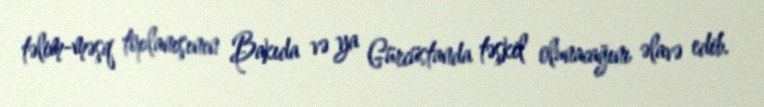
təlim-məşq toplanışının Bakıda və ya Gürcüstanda təşkil olunacağını əlavə edib.